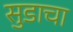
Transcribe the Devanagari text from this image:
सुडाचा